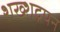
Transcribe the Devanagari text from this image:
शख्शद्रपन